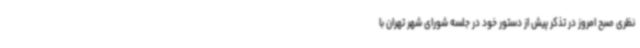
نظری صبح امروز در تذکر پیش از دستور خود در جلسه شورای شهر تهران با